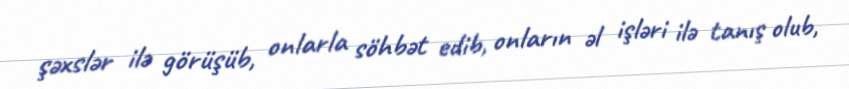
şəxslər ilə görüşüb, onlarla söhbət edib, onların əl işləri ilə tanış olub,